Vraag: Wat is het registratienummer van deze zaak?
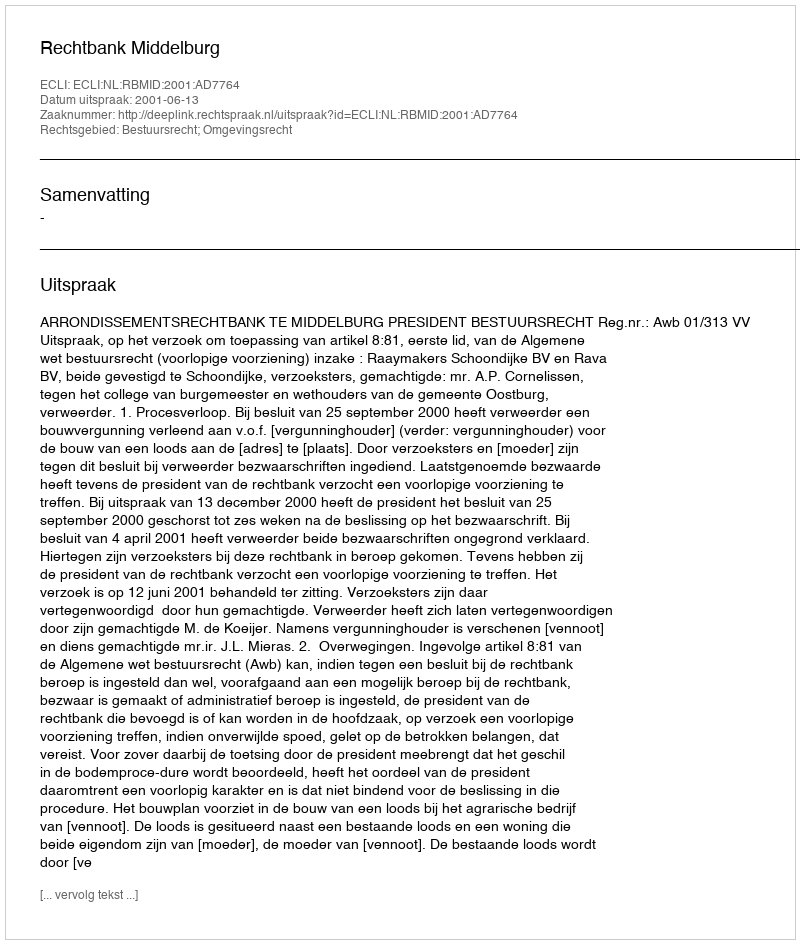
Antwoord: http://deeplink.rechtspraak.nl/uitspraak?id=ECLI:NL:RBMID:2001:AD7764